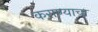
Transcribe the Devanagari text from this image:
कराण्याचा